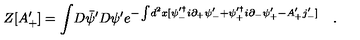
Z [ A _ { + } ^ { \prime } ] = \int \! D \bar { \psi } ^ { \prime } D \psi ^ { \prime } e ^ { - \int \! d ^ { 2 } x [ \psi _ { - } ^ { \prime \dag } i \partial _ { + } \psi _ { - } ^ { \prime } + \psi _ { + } ^ { \prime \dag } i \partial _ { - } \psi _ { + } ^ { \prime } - A _ { + } ^ { \prime } j _ { - } ^ { \prime } ] } \quad .